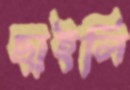
ছাইলি